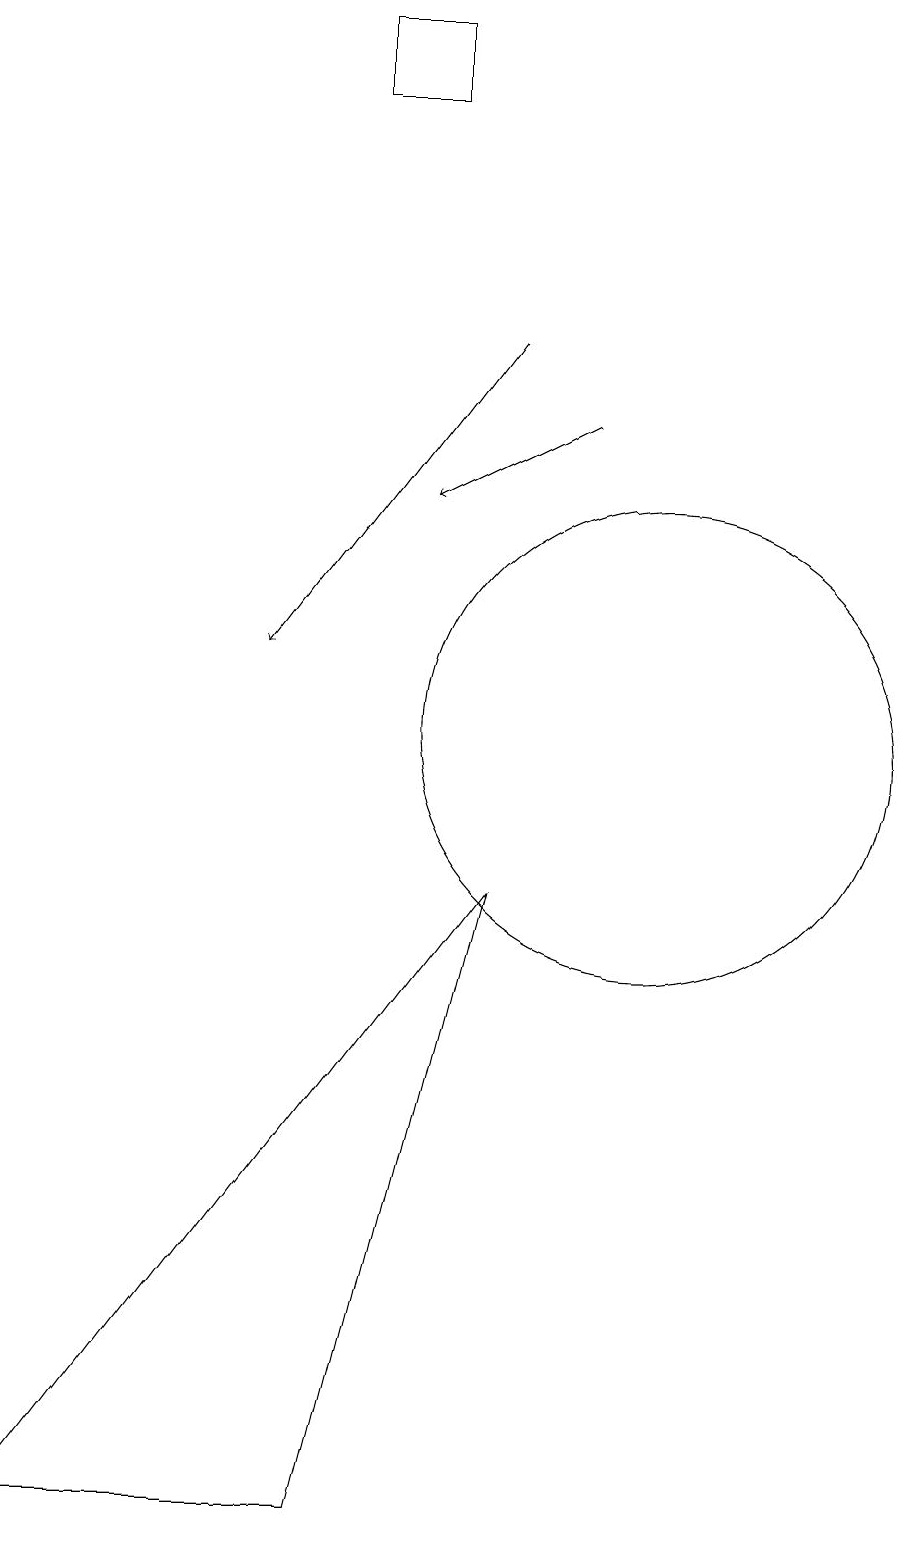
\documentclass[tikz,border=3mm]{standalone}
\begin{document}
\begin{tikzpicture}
\draw (10,10) circle (3);
\draw[->] (9,14) -- (7,13);
\draw (7,18) rectangle (6,19);
\draw (8,8) -- (6,0) -- (2,0) -- cycle;
\draw[->] (8,15) -- (5,11);
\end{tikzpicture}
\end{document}